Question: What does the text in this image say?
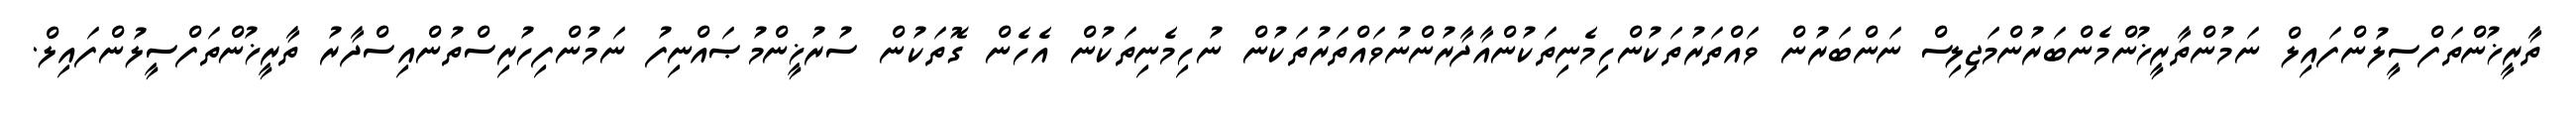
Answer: ތާރީޚުންތަފްސީލުންފައިލް ނަމުންތާރީޚުންމެންބަރުންމަޖިލިސް ނަންބަރުން ވައްތަރުތަކުންހިމެނިތަކުންއާދާރުންނުވައްތަރުތަކުން ނުހިމެނިތަކުން އެހެން ގޮތަކުން ސުރުޚީންމުޞައްނިފު ނަމުންފިހުރިސްތުންއިސްދާރު ތާރީޚުންތަފްސީލުންފައިލް.